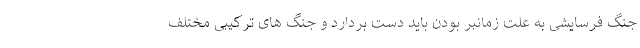
جنگ فرسایشی به علت زمانبر بودن باید دست بردارد و جنگ های ترکیبی مختلف